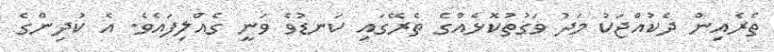
ތެރެއިން ދެކުއްޖަކު މަދު ވަގުތުކޮޅެއްގެ ތެރޭގައި ކަނޑުވެ ވަނީ ގެއްލިފައެވެ. އެ ކުދިންގެ